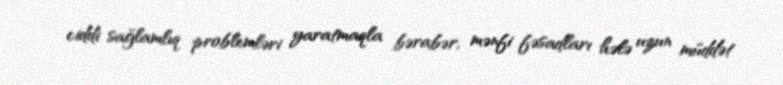
ciddi sağlamlıq problemləri yaratmaqla bərabər, mənfi fəsadları hələ uzun müddət